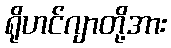
ရိုဟင်ဂျာတို့အား